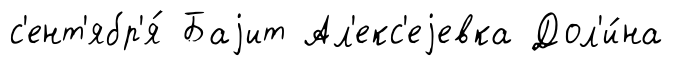
с'ент'ябр'я́ Баjит Ал'екс'еjевка Дол'и́на